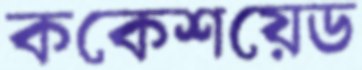
ককেশয়েড